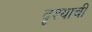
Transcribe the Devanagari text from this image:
दृश्याची